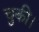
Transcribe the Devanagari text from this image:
चुकी।